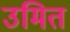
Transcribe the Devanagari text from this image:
उमित